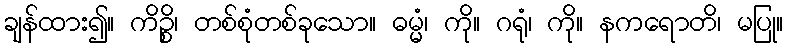
ချန်ထား၍။ ကိဉ္စိ၊ တစ်စုံတစ်ခုသော။ ဓမ္မံ၊ ကို။ ဂရုံ၊ ကို။ နကရောတိ၊ မပြု။